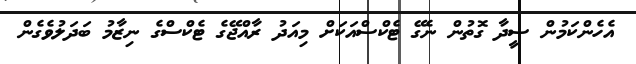
އެހެންކަމުން ސީދާ ގޮތުން ނެގޭ ޓެކްސްއަކަށް މިއަދު ރާއްޖޭގެ ޓެކްސްގެ ނިޒާމު ބަދަލުވެގެން